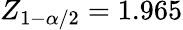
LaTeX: Z_{1-\alpha/2}=1.965